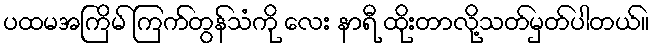
ပထမအကြိမ် ကြက်တွန်သံကို လေး နာရီ ထိုးတာလို့သတ်မှတ်ပါတယ်။